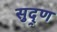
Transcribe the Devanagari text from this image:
सुद्र्ण